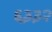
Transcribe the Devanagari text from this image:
६३३२